system: You are a helpful assistant.
user:
Analyze the provided spectrum to determine if it is a **"Cataclysmic Variables (CV)"**.

- **Key Indicators for CV (Check for either state):**
    - **State 1: Quiescent / Low-State (Emission-Dominated)**
        - **(Primary):** Strong and *very broad* Hydrogen Balmer emission lines (e.g., $H\alpha$ at 6563 Å, $H\beta$ at 4861 Å). The 'broadness' (high velocity dispersion, often FWHM > 1000 km/s) is the key diagnostic, indicating a high-velocity accretion disk.
        - **(Secondary):** Broad neutral Helium (He I) emission lines (e.g., 5876 Å, 6678 Å).
        - **(Key Confirmation):** Presence of high-excitation *ionized* Helium (He II) emission at 4686 Å. This is a strong indicator of accretion onto a white dwarf.
        - **(Line Profile):** Emission lines may exhibit a 'double-peaked' profile, which is a classic signature of a rotating accretion disk viewed at high inclination.

    - **State 2: Outburst / High-State (Absorption-Dominated)**
        - **(Primary):** Spectrum is dominated by a bright, blue continuum (looks like a hot star).
        - **(Secondary):** The emission lines from State 1 are weak, absent, or 'filled in', and are replaced by broad, shallow *absorption* lines (primarily Balmer and He I).
        - **(Morphology):** The overall spectrum mimics a hot B/A-type star. The crucial difference is that the absorption lines are significantly broader, shallower, and more 'washed-out' (or 'smeared') than the sharp lines of a normal stellar photosphere, due to high rotational speeds and pressure broadening in the disk.

Think first, call **spectral_visualization_tool** if needed to examine features in detail, then provide your final answer. Your response must adhere to the following strict rules:
1.  **Overall Structure:** Your response must follow the format `<think>...</think> <tool_call>...</tool_call> (if a tool is used) <answer>...</answer>`.
2.  **Tool Usage Constraint:** You may only make **one** tool call per turn.
3.  **Final Answer Format:** In the `<answer>` tag, your conclusion must be inside a `\boxed{}` command (e.g., `\boxed{YES}`), followed by your justification.

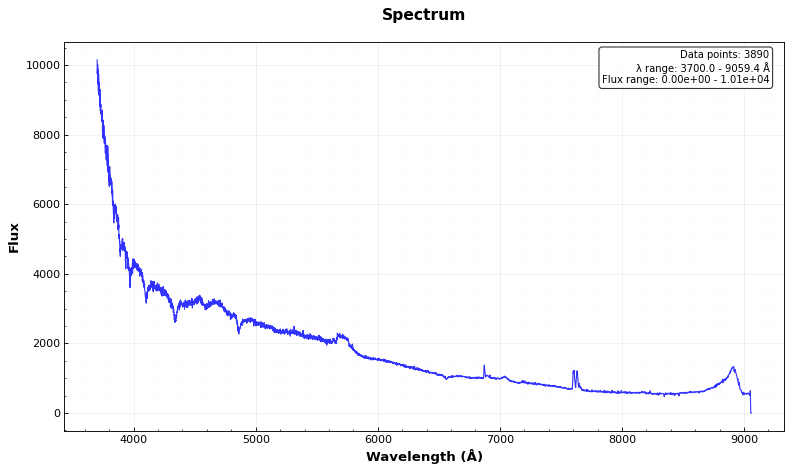
Answer: NO